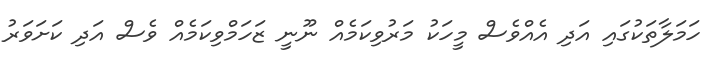
ހަމަލާތަކުގައި އަދި އެއްވެސް މީހަކު މަރުވިކަމެއް ނޫނީ ޒަހަމްވިކަމެއް ވެސް އަދި ކަށަވަރު